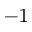
^ { - 1 }